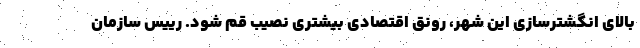
بالای انگشترسازی این شهر، رونق اقتصادی بیشتری نصیب قم شود. رییس سازمان